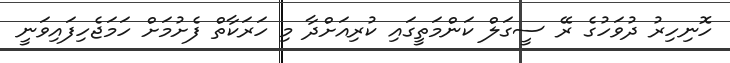
ހޮނިހިރު ދުވަހުގެ ރޭ ސީގަލް ކަންމަތީގައި ކުރިއަށްދާ މި ހަރަކާތް ފެށުމަށް ހަމަޖެހިފައިވަނީ